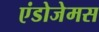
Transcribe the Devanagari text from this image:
एंडोजेमस